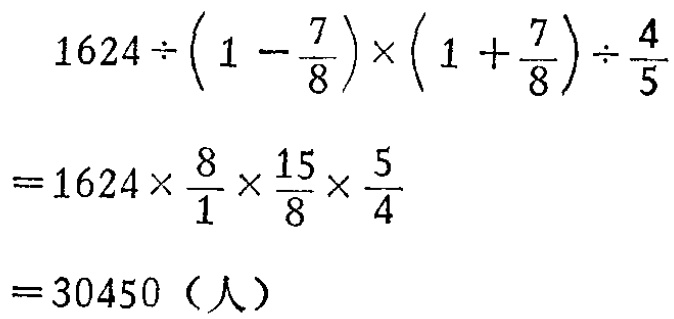
\[

\begin{align*}

&1624\div\left(1 - \frac{7}{8}\right)\times\left(1 + \frac{7}{8}\right)\div\frac{4}{5}\\

=&1624\times\frac{8}{1}\times\frac{15}{8}\times\frac{5}{4}\\

=&30450（人）

\end{align*}

\]